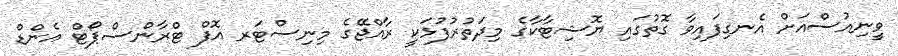
ވީނިއުސްއަށް އެނގިފައިވާ ގޮތުގައި ޔޮޝިޓާކާގެ މިދަތުރުފުޅަކީ ރާއްޖޭގެ މިނިސްޓަރ އޮފް ޓްރާންސްޕޯޓް އެންޑް